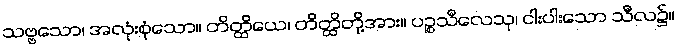
သဗ္ဗသော၊ အလုံးစုံသော။ တိတ္ထိယေ၊ တိတ္ထိတို့အား။ ပဉ္စသီလေသု၊ ငါးပါးသော သီလ၌။